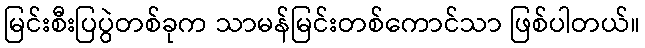
မြင်းစီးပြပွဲတစ်ခုက သာမန်မြင်းတစ်ကောင်သာ ဖြစ်ပါတယ်။